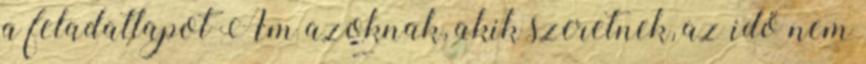
a feladatlapot Ám azoknak, akik szeretnek, az idő nem